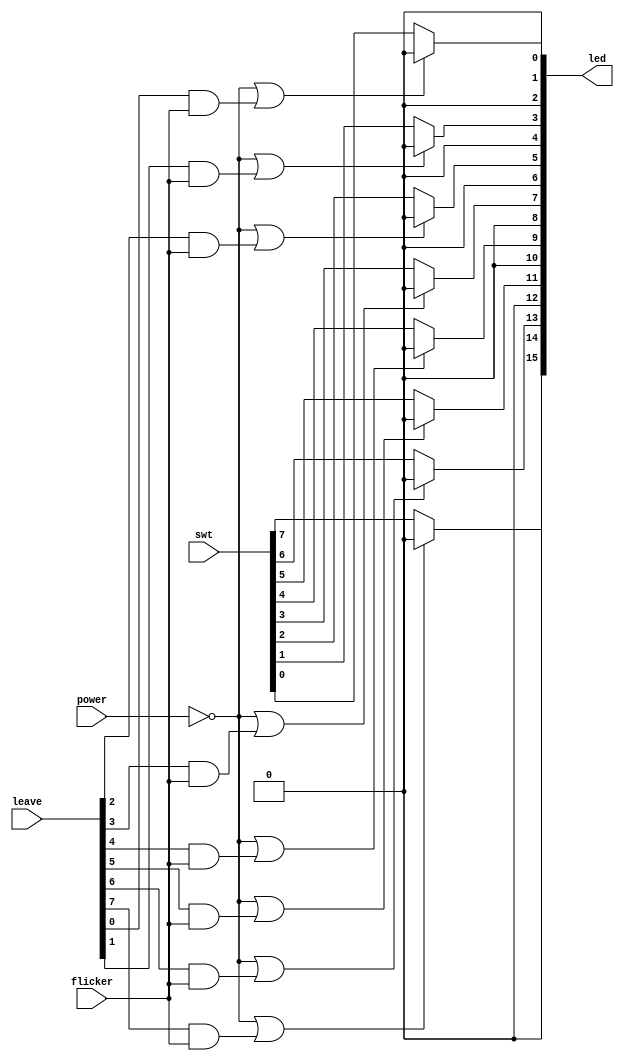
/**
  * @desc LED - LED
  * @input wire power - 
  * @input wire flicker - 
  * @input wire [7:0] swt - 
  * @input wire [7:0] leave - 
  * @ouput reg [15:0] led - LED
*/
module LEDControl (
    input power,
    input flicker,
    input [7:0] swt,
    input [7:0] leave,
    output reg [15:0] led = 0
);

    integer i;
    always @(*) begin
        for (i = 0; i < 8; i = i+1) begin
            led[i << 1] <= 0;
            // LED
            if (!power || (leave[i] && flicker))  led[(i << 1)+1] <= 0;
            else    led[(i << 1)+1] <= swt[i];
        end
    end

endmodule